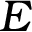
{ \cal { E } }